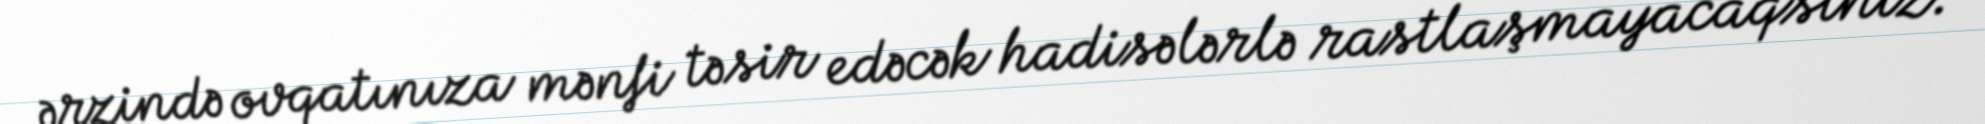
ərzində ovqatınıza mənfi təsir edəcək hadisələrlə rastlaşmayacaqsınız.